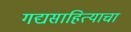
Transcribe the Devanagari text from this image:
गद्यसाहित्याचा